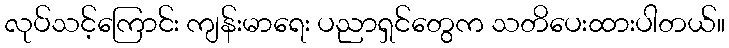
လုပ်သင့်ကြောင်း ကျန်းမာရေး ပညာရှင်တွေက သတိပေးထားပါတယ်။